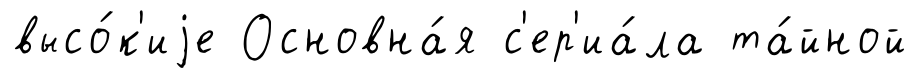
высо́к'иjе Основна́я с'ер'иа́ла та́йной